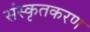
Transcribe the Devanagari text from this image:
संस्कृतकरण